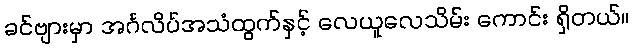
ခင်ဗျားမှာ အင်္ဂလိပ်အသံထွက်နှင့် လေယူလေသိမ်း ကောင်း ရှိတယ်။